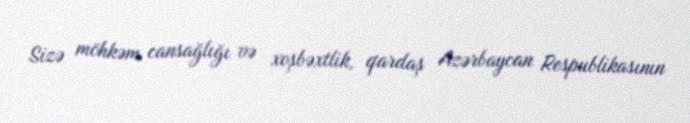
Sizə möhkəm cansağlığı və xoşbəxtlik, qardaş Azərbaycan Respublikasının